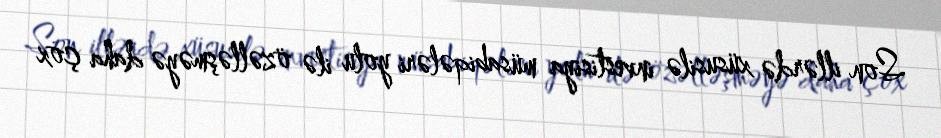
Son illərdə xüsusilə investisiya müsabiqələri yolu ilə özəlləşməyə daha çox